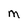
Character: M